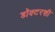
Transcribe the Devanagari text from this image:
डॉक्टरशी